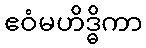
ဧဝံမဟိဒ္ဓိကာ